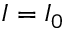
I = I _ { 0 }